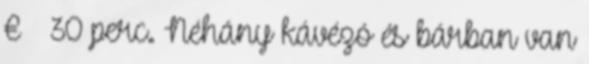
€ 30 perc. Néhány kávézó és bárban van